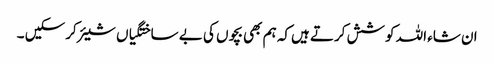
ان شاء اللہ کوشش کرتے ہیں‌کہ ہم بھی بچوں کی بے ساختگیاں شیئر کرسکیں ۔